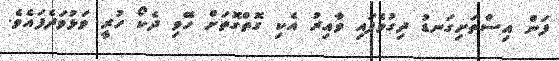
ފަން އިސްތަށިގަނޑު ދިގުވެފައި ވާއިރު އެކި ގޮތްގޮތަށް ހޭވި ދެކޯ ހުރީ ވަޅުވަދެފައެވެ.